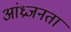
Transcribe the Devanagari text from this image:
आंध्रजनता